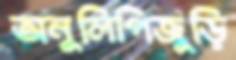
অনুলিপিজুড়ি